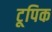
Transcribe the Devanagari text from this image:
टूपिक